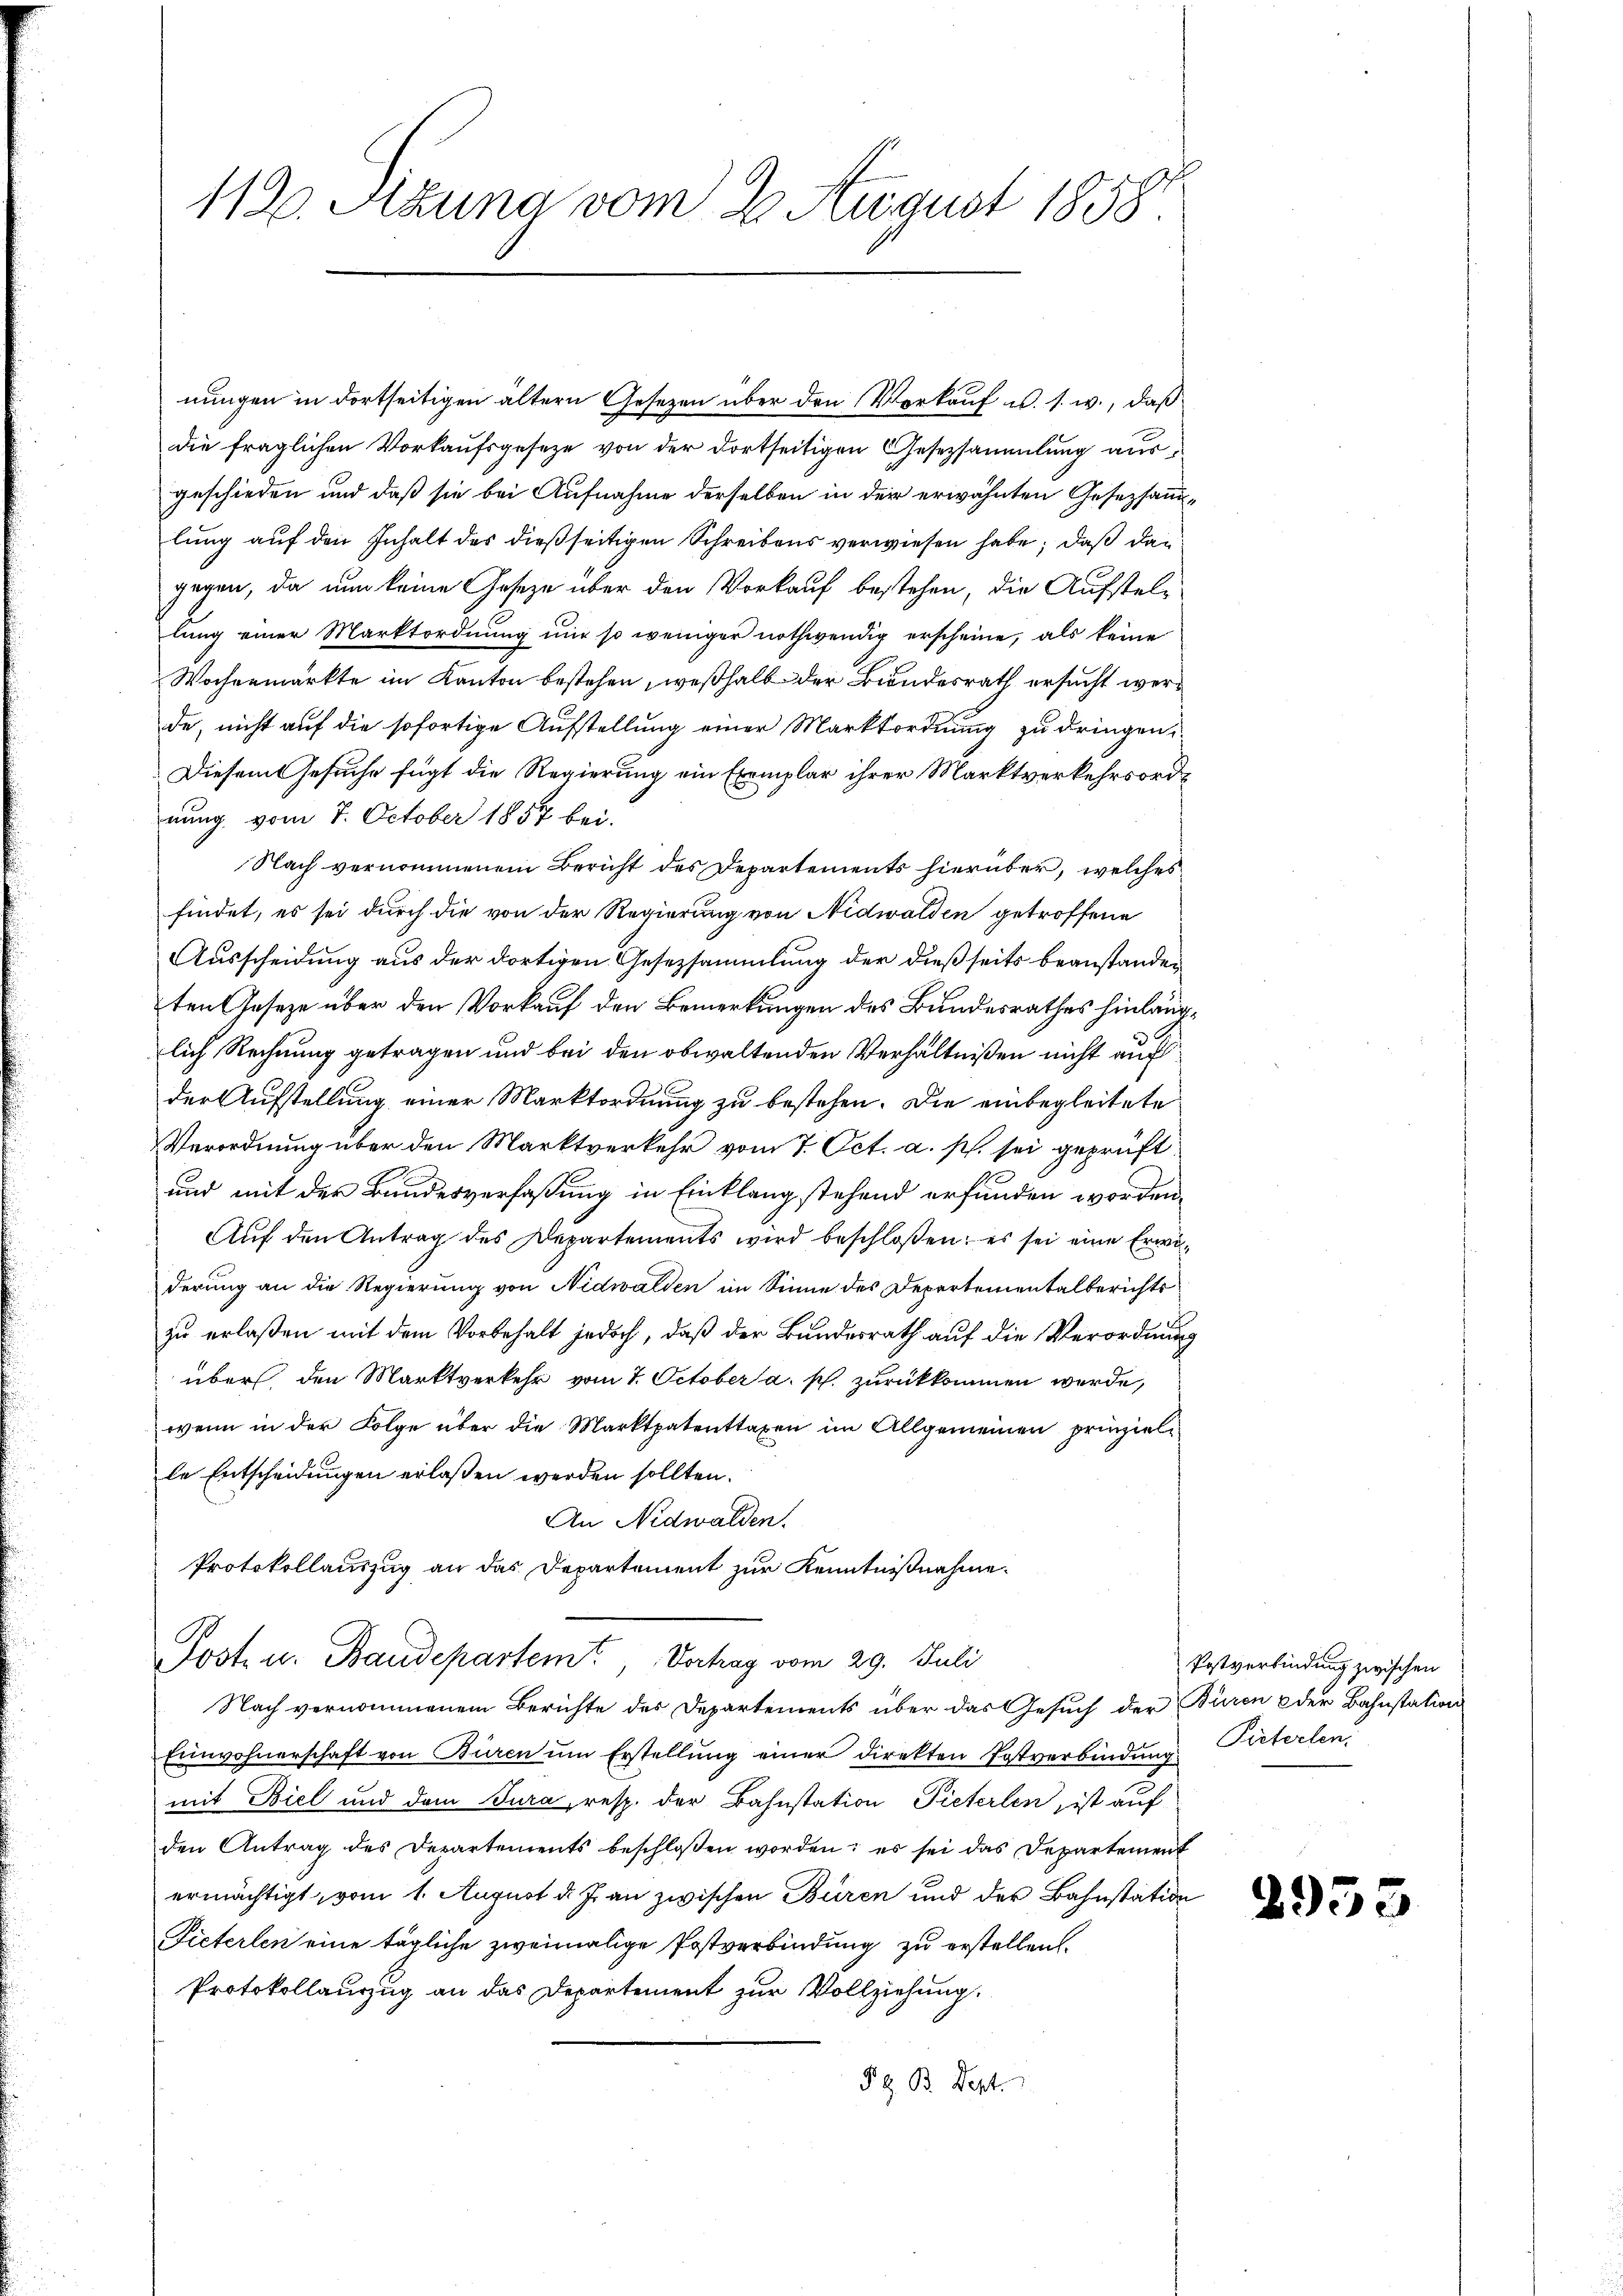
112. Sitzung vom 2. August 1858.

nungen in dortseitigen ältern Gesezen über den Verkauf u. s. w., daß
die fraglichen Vorkaufsgeseze von der dortseitigen Gesetzsammlung ausgeschieden und daß sie bei Aufnahme derselben in der erwähnten Gesetzsammlung auf den Inhalt des dießseitigen Schreibens verwiesen habe; daß dan
gegen, da nun keine Gesetze über den Vorkauf bestehen, die Aufstellung einer Marktordnung nur so weniger nothwendig erscheine, als keine
Wochenmarkte im Kanton bestehen, weßhalb der Bundesrath ersucht werde, nicht auf die sofortige Aufstellung einer Marktordnung zu dringen,
Diesem Gesuche fügt die Regierung ein Exemplar ihrer Marktverkehrsordnung vom 7. October 1857 bei.
Nach vernommenem Bericht des Departements hierüber, welches
findet, es sei durch die von der Regierung von Nidwalden getroffene
Ausscheidung aus der dortigen Gesetzsammlung der dießseits beanstanden
ten Gesetze über den Vorkauf den Bemerkungen des Bundesrathes hinlänglich Rechnung getragen und bei den obwaltenden Verhältnißen nicht auf
der Aufstellung einer Marktordnung zu bestehen. Die einbegleitete
Verordnung über den Marktverkehr vom 7. Oct. a. p. sei geprüft
und mit der Bundesverfassung in Einklang stehend erfunden worden.
Auf den Antrag des Departements wird beschloßen; es sei eine Erwäderung an die Regierung von Nidwalden im Sinne des Departementalberichts
zu erlaßen mit dem Vorbehalt jedoch, daß der Bundesrath auf die Verordnung
über den Marktverkehr vom 7. October a. p. zurückkommen werde,
wenn in der Folge über die Marktpatenttaxen im Allgemeinen prinzielle Entscheidungen erlaßen werden sollten.
An Nidwalden.
Protokollauszug an das Departement zur Kenntnißnahme.
Post u. Baudepartem Vorhag vom 29. Juli
Nach vernommenem Berichte des Departements über das Gesuch der Büren oder Bahnstation
Einwohnerschaft von Büren ŭm Erstellŭng einer direkten Postverbindung. Pieterlen
mit Biel und dem Jura, resp. der Bahnstation Pieterlen, ist auf
den Antrag des Departements beschlossen worden; es sei das Departement
ermächtigt, vom 1. August d. J. an zwischen Büren und der Bahnstation
Fieterlen eine tägliche zweimalige Postverbindung zu erstellen.
Protokollauszug an das Departement zur Vollziehung.
Pz. B. Dept. 1

Postverbindung zwischen

2955